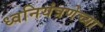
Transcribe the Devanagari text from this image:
ध्वनियंत्रणेच्या